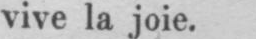
vive la joie.